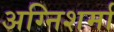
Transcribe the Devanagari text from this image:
अग्निशर्मा